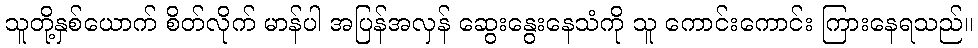
သူတို့နှစ်ယောက် စိတ်လိုက် မာန်ပါ အပြန်အလှန် ဆွေးနွေးနေသံကို သူ ကောင်းကောင်း ကြားနေရသည်။